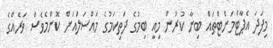
މިފަދަ އެޕާޓްމަންޓްތައް ބިނާ ކުރުން މިއީ ބިމުގެ ދަތިކަމުގެ މައްސަލައަށް ކޮންމެވެސް ވަރެއްގެ